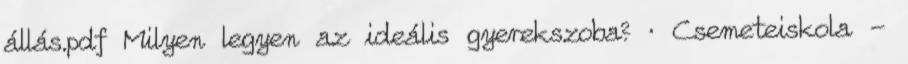
állás.pdf Milyen legyen az ideális gyerekszoba? · Csemeteiskola -